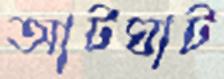
আটঘাট